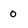
Character: 0